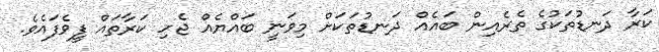
ކަރާ ދަނޑުތަކުގެ ތެރެއިން ބައެއް ދަނޑުތަކަށް މިވަނީ ބައްޔެއް ޖެހި ކަރާތައް ފީވެފައެވެ.